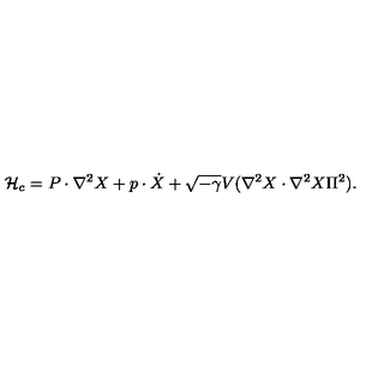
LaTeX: { \cal H } _ { c } = P \cdot \nabla ^ { 2 } X + p \cdot \dot { X } + \sqrt { - \gamma } V ( \nabla ^ { 2 } X \cdot \nabla ^ { 2 } X \Pi ^ { 2 } ) .